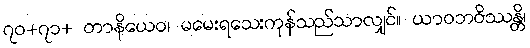
၇၀+၇၁+ တာနိယေဝ၊ မမေးရသေးကုန်သည်သာလျှင်။ ယာဝဘဝိဿန္တိ၊